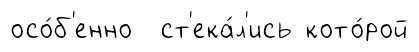
осо́б'енно ст'ека́л'ись кото́рой